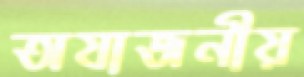
অযাজনীয়